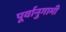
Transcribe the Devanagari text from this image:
पूर्वानुगामी